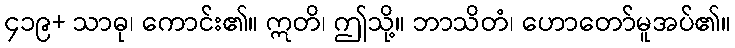
၄၁၉+ သာဓု၊ ကောင်း၏။ ဣတိ၊ ဤသို့။ ဘာသိတံ၊ ဟောတော်မူအပ်၏။